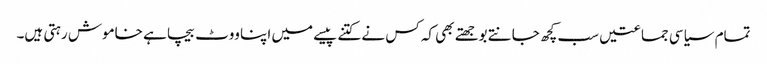
تمام سیاسی جماعتیں سب کچھ جانتے بوجھتے بھی کہ کس نے کتنے پیسے میں اپنا ووٹ بیچا ہے خاموش رہتی ہیں۔